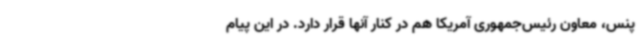
پنس، معاون رئیس‌جمهوری آمریکا هم در کنار آنها قرار دارد. در این پیام